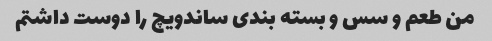
من طعم و سس و بسته بندی ساندویچ را دوست داشتم